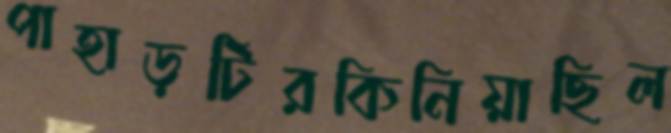
পাহাড়টিরকিনিয়াছিল